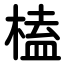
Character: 榼